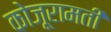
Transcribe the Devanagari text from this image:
कोजूरामती